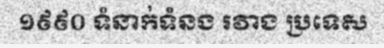
១៩៩០ ទំនាក់ទំនង រវាង ប្រទេស